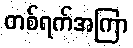
တစ်ရက်အကြာ